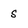
Character: S